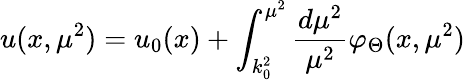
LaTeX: u(x,\mu^{2})=u_{0}(x)+\int_{k_{0}^{2}}^{\mu^{2}}\frac{d\mu^{2}}{\mu^{2}}\varphi_{\Theta}(x,\mu^{2})